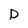
Character: D